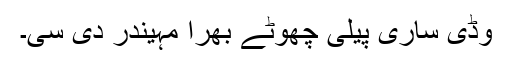
وڈی ساری پیلی چھوٹے بھرا مہیندر دی سی۔